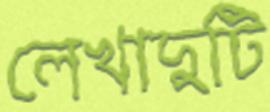
লেখাদুটি